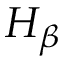
H _ { \beta }